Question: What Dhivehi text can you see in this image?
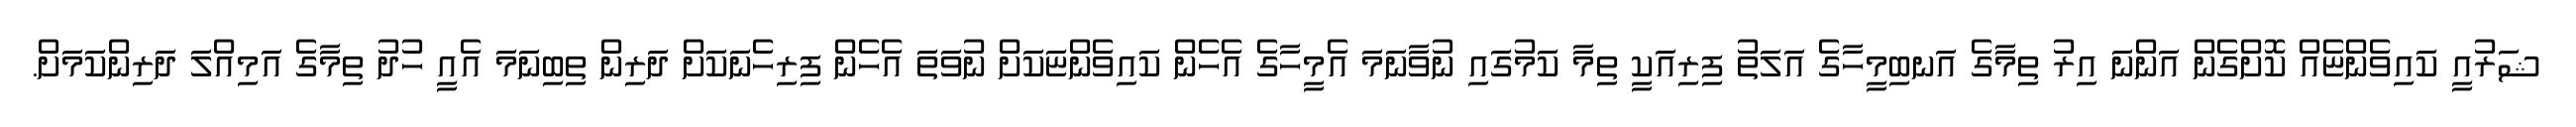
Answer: ޝަރުއީ ކައިވެންޏެއް ކޮށްގެން އަންނަ އިރު ތިމާގެ އަނބިމީހާގެ އަލަތު ފިރިއަކީ ތިމާ ކަމުގައި ނުވާނަމަ އެމީހާގެ އެހެން ކައިވެންޏަކަށް ނުވަތަ އެހެން ފިރިހެނަކަށް ދަރިން ތިބިނަމަ އެއީ ހުދު ތިމާގެ އަމިއްލަ ދަރިންކަމަށް.